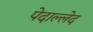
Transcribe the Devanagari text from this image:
पेदाल्लेद